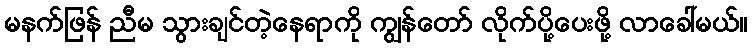
မနက်ဖြန် ညီမ သွားချင်တဲ့နေရာကို ကျွန်တော် လိုက်ပို့ပေးဖို့ လာခေါ်မယ်။